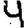
Digit: 4